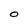
Character: O